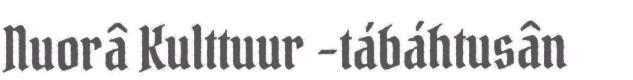
Nuorâ Kulttuur -tábáhtusân